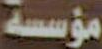
مؤسسة